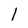
Character: 1